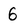
Character: 6